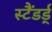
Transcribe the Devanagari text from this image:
स्टैंडर्ड्